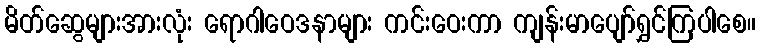
မိတ်ဆွေများအားလုံး ရောဂါဝေဒနာများ ကင်းဝေးကာ ကျန်းမာပျော်ရွှင်ကြပါစေ။